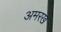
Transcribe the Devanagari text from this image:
अमरख